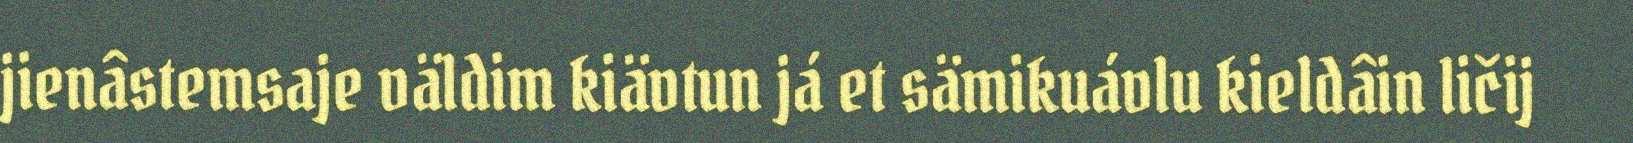
jienâstemsaje väldim kiävtun já et sämikuávlu kieldâin ličij